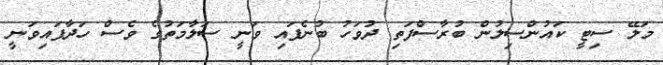
މަލޭ ސިޓީ ކައުންސިލުން ބުރާސްފަތި ދުވަހު ބުނެފައި ވަނީ ސަލާމަތުގެ ވެސް ހަދާފައިވަނީ